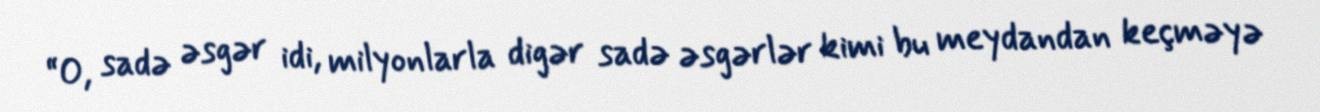
“O, sadə əsgər idi, milyonlarla digər sadə əsgərlər kimi bu meydandan keçməyə